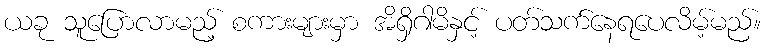
ယခု သူပြောလာမည့် စကားများမှာ အိရှိဂါမိနှင့် ပတ်သက်နေရပေလိမ့်မည်။